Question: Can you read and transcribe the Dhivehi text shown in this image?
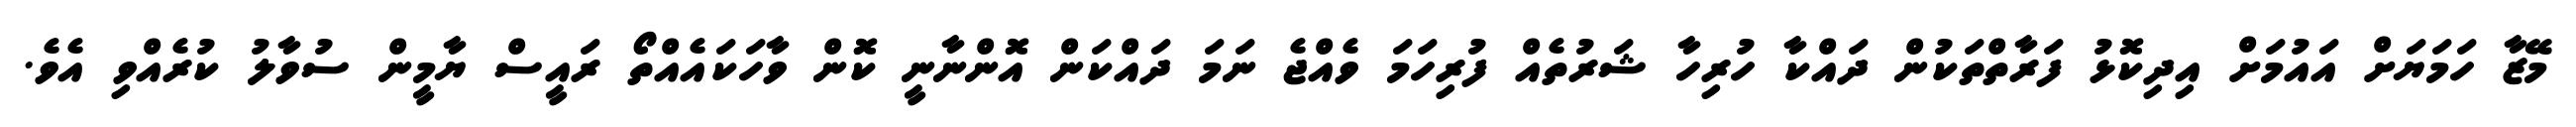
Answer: މޭޒާ ހަމަޔަށް އައުމަށް އިދިކޮޅު ފަރާތްތަކުން ދައްކާ ހުރިހާ ޝަރުތެއް ފުރިހަމަ ވެއްޖެ ނަމަ ދައްކަން އޮންނާނީ ކޮން ވާހަކައެއްތޯ ރައީސް ޔާމީން ސުވާލު ކުރެއްވި އެވެ.